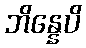
ဘိန္နေပိ